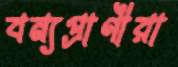
বন্যপ্রাণীরা